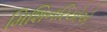
મિશિનરિયોએ